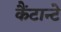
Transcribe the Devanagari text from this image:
कैंटान्टे